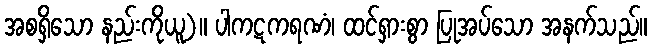
အစရှိသော နည်းကိုယူ)။ ပါကဋကရဏံ၊ ထင်ရှားစွာ ပြုအပ်သော အနက်သည်။